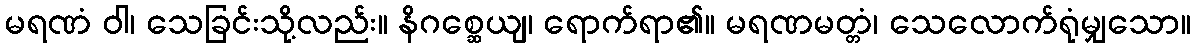
မရဏံ ဝါ၊ သေခြင်းသို့လည်း။ နိဂစ္ဆေယျ၊ ရောက်ရာ၏။ မရဏမတ္တံ၊ သေလောက်ရုံမျှသော။